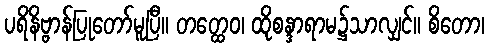
ပရိနိဗ္ဗာန်ပြုတော်မူပြီ။ တတ္ထေဝ၊ ထိုစန္ဒာရာမ၌သာလျှင်။ စိတော၊